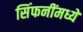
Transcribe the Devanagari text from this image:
सिंफनींमध्ये